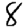
Digit: 8